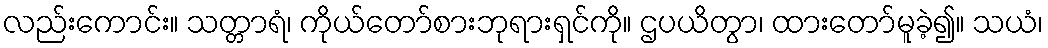
လည်းကောင်း။ သတ္တာရံ၊ ကိုယ်တော်စားဘုရားရှင်ကို။ ဌပယိတွာ၊ ထားတော်မူခဲ့၍။ သယံ၊